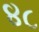
૪૮